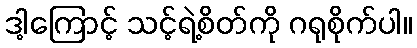
ဒါ့ကြောင့် သင့်ရဲ့စိတ်ကို ဂရုစိုက်ပါ။